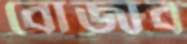
বোজাব